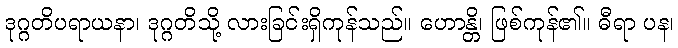
ဒုဂ္ဂတိပရာယနာ၊ ဒုဂ္ဂတိသို့ လားခြင်းရှိကုန်သည်။ ဟောန္တိ၊ ဖြစ်ကုန်၏။ ဓီရာ ပန၊